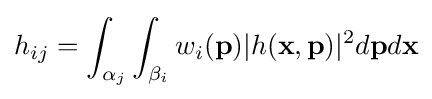
h_{ij}=\int _{\alpha _{j}}\int _{\beta _{i}}w_{i}(\mathbf {p} )|h(\mathbf {x} ,\mathbf {p} )|^{2}d\mathbf {p} d\mathbf {x}